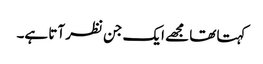
کہتا تھا مجھے ایک جن نظر آتا ہے۔